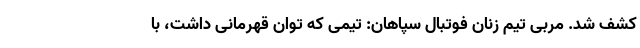
کشف شد. مربی تیم زنان فوتبال سپاهان: تیمی که توان قهرمانی داشت، با